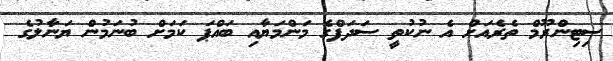
ސިޓިންރޫމް ތެރެއަށް އެ ނުކުތީ ސަދަފްގެ މަންމަޔާއި ބައްޕަ ކަމަށް ބުނަމުން ޔަނާލުގެ